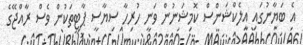
އެ ބަޔާނުގައި އިލެކްޝަންސް ކޮމިޝަނުން ވަނީ ހުރިހާ ސިޔާސީ ޕާޓީތަކުން ވެސް ރާއްޖޭގެ